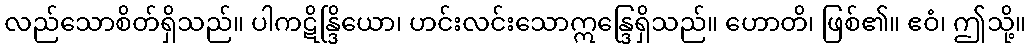
လည်သောစိတ်ရှိသည်။ ပါကဋိန္ဒြိယော၊ ဟင်းလင်းသောဣန္ဒြေရှိသည်။ ဟောတိ၊ ဖြစ်၏။ ဧဝံ၊ ဤသို့။